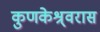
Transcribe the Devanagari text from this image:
कुणकेश्र्वरास